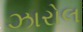
ઝારોલ